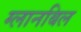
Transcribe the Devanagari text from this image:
ग्लानबिल